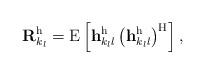
LaTeX: \begin{align*}\mathbf{R}_{k_l}^\mathrm{h} = \mathrm{E} \left[ \mathbf{h}_{{k_l}l}^\mathrm{h} \left( \mathbf{h}_{{k_l}l}^\mathrm{h} \right)^\mathrm{H} \right],\end{align*}